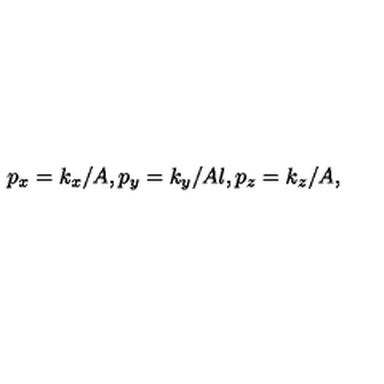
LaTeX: p _ { x } = k _ { x } / A , p _ { y } = k _ { y } / A l , p _ { z } = k _ { z } / A ,